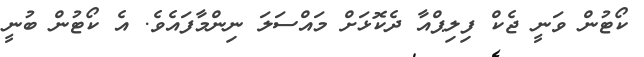
ކޯޓުން ވަނީ ޖެކް ފިލިޕްއާ ދެކޮޅަށް މައްސަލަ ނިންމާފައެވެ. އެ ކޯޓުން ބުނީ